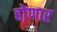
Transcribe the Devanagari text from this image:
हो़णार